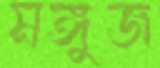
মঙ্গুজ